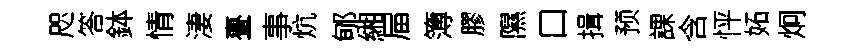
咫答鉢情淒亹事炕郇緗屇簿膠隰口揖预課含怦妬炯